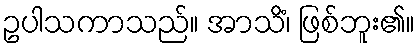
ဥပါသကာသည်။ အာသိံ၊ ဖြစ်ဘူး၏။